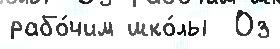
рабо́чим шко́лы  Оз